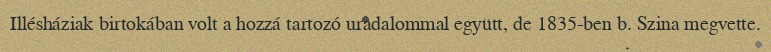
Illésháziak birtokában volt a hozzá tartozó uradalommal együtt, de 1835-ben b. Szina megvette.